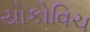
યોકોવિચ